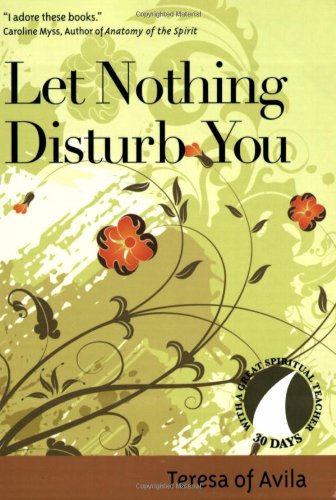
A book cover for Let Nothing Disturb You (30 Days With a Great Spiritual Teacher); Teresa of Avila; Christian Books & Bibles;